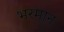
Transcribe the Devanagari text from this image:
भरमान